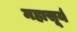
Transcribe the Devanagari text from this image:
महासूर्य